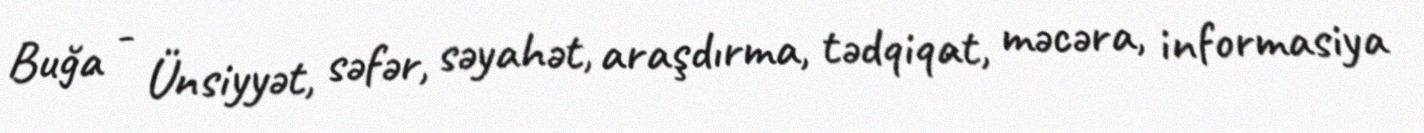
Buğa - Ünsiyyət, səfər, səyahət, araşdırma, tədqiqat, məcəra, informasiya